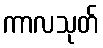
ကာလသုတ်